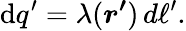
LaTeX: \mathrm{d}q^{\prime}=\lambda({\boldsymbol{r^{\prime}}})\, d\ell^{\prime}.